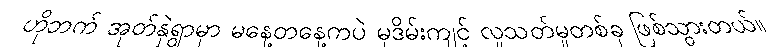
ဟိုဘက် အုတ်နှဲရွာမှာ မနေ့တနေ့ကပဲ မုဒိမ်းကျင့် လူသတ်မှုတစ်ခု ဖြစ်သွားတယ်။